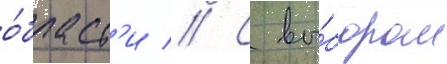
о́бласт'и // С вы́бором